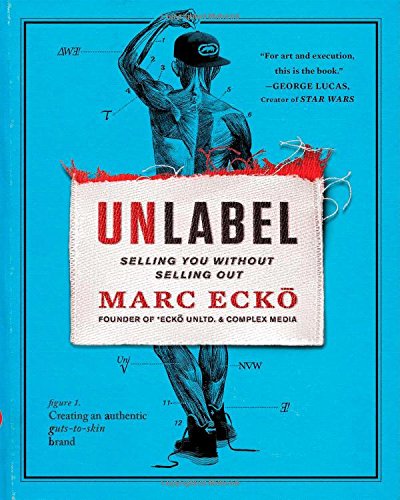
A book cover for Unlabel: Selling You Without Selling Out; Marc Ecko; Business & Money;